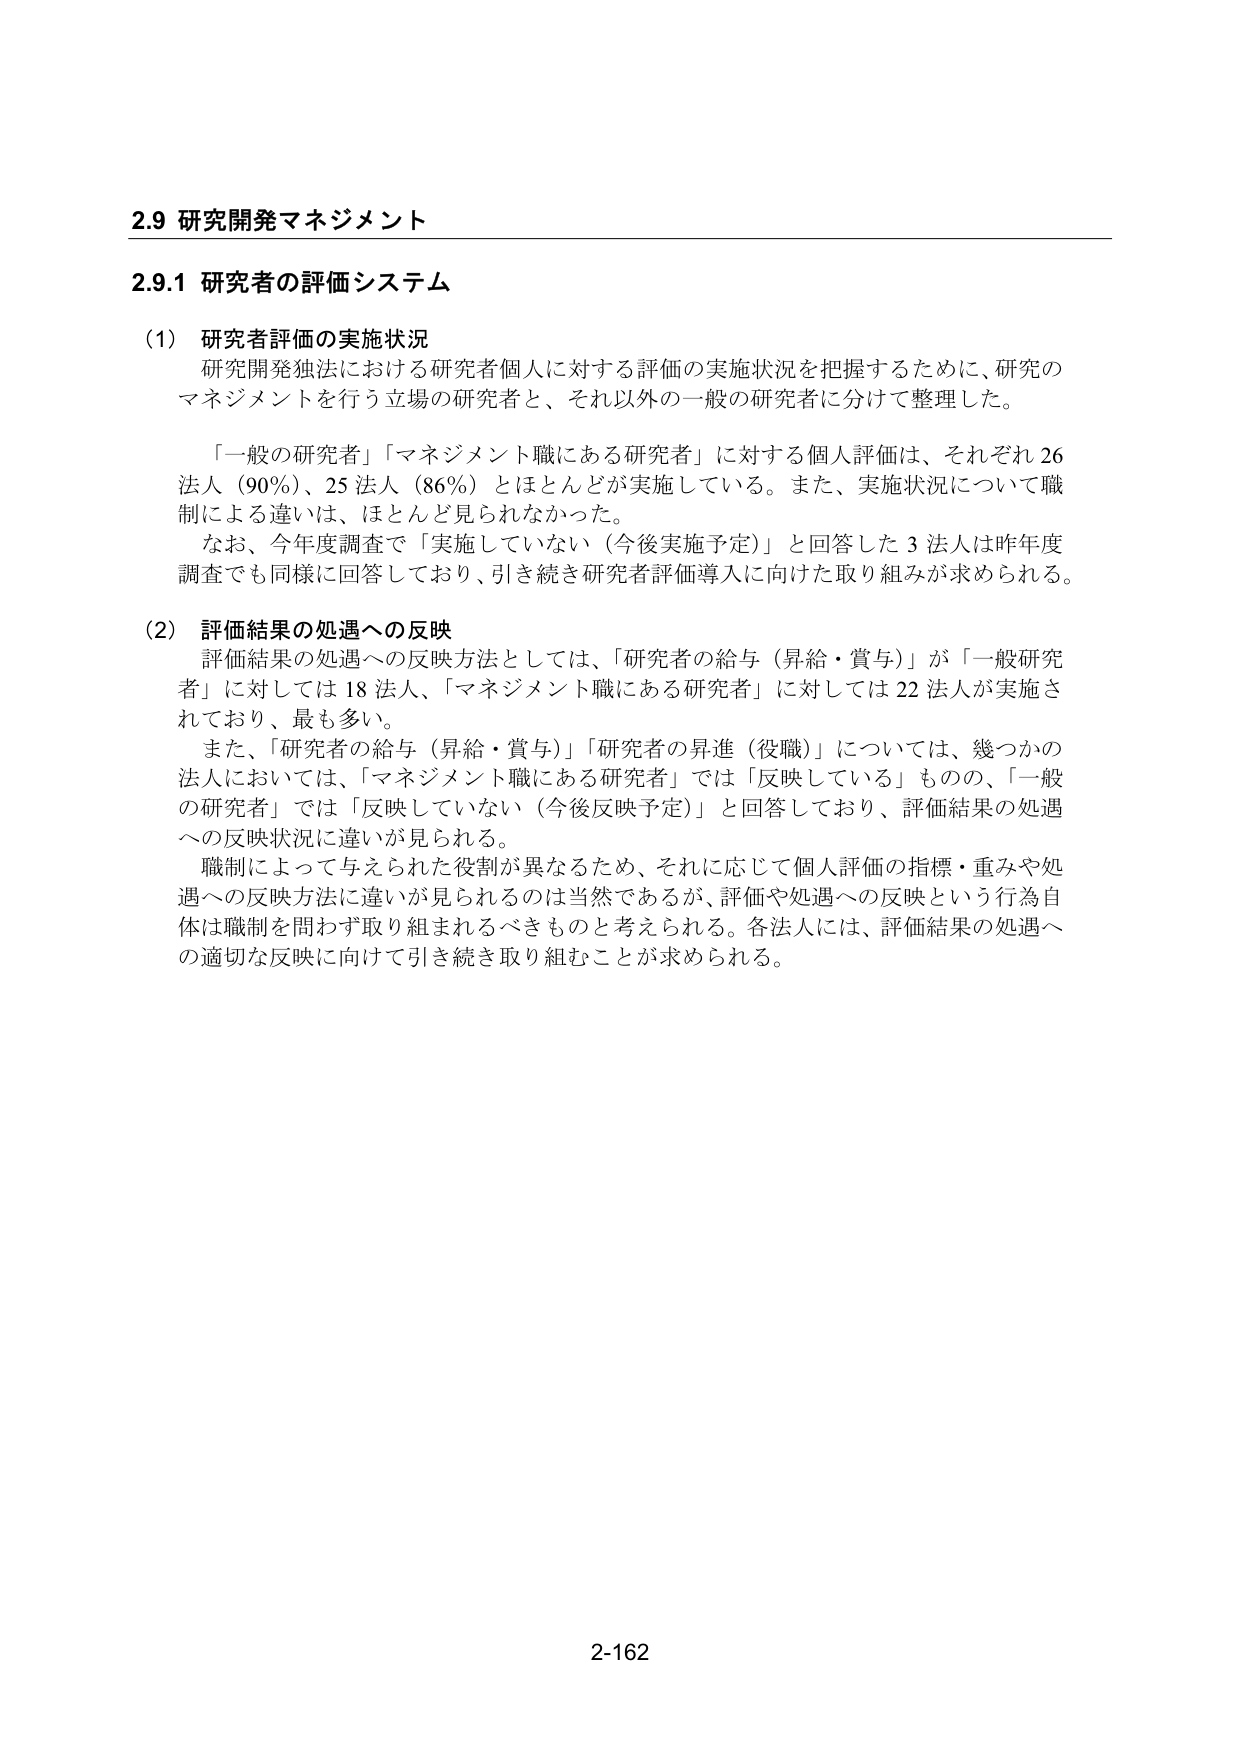
2.9 研究開発マネジメント

2.9.1 研究者の評価システム

(1) 研究者評価の実施状況
研究開発独法における研究者個人に対する評価の実施状況を把握するために、研究のマネジメントを行う立場の研究者と、それ以外の一般の研究者に分けて整理した。

「一般の研究者」「マネジメント職にある研究者」に対する個人評価は、それぞれ26法人（90％）、25法人（86％）とほとんどが実施している。また、実施状況について職制による違いは、ほとんど見られなかった。
なお、今年度調査で「実施していない（今後実施予定）」と回答した3法人は昨年度調査でも同様に回答しており、引き続き研究者評価導入に向けた取り組みが求められる。

(2) 評価結果の処遇への反映
評価結果の処遇への反映方法としては、「研究者の給与（昇給・賞与）」が「一般研究者」に対しては18法人、「マネジメント職にある研究者」に対しては22法人が実施されており、最も多い。
また、「研究者の給与（昇給・賞与）」「研究者の昇進（役職）」については、幾つかの法人においては、「マネジメント職にある研究者」では「反映している」ものの、「一般の研究者」では「反映していない（今後反映予定）」と回答しており、評価結果の処遇への反映状況に違いが見られる。
職制によって与えられた役割が異なるため、それに応じて個人評価の指標・重みや処遇への反映方法に違いが見られるのは当然であるが、評価や処遇への反映という行為自体は職制を問わず取り組まれるべきものと考えられる。各法人には、評価結果の処遇への適切な反映に向けて引き続き取り組むことが求められる。

2-162